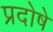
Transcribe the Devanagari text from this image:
प्रदोषे